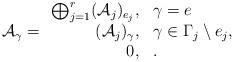
LaTeX: \begin{align*} \mathcal{A}_{\gamma}= \begin{array}{rl} \bigoplus_{j=1}^r(\mathcal{A}_j)_{e_j},& \gamma=e\\ (\mathcal{A}_j)_{\gamma},& \gamma\in \Gamma_j\setminus {e_j},\\ 0,& . \end{array} \end{align*}